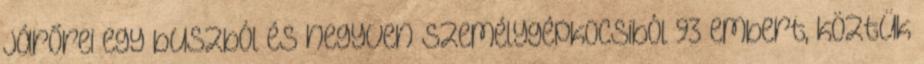
járőrei egy buszból és negyven személygépkocsiból 93 embert, köztük